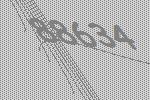
88634